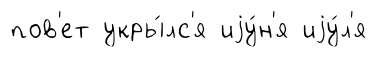
пов'ет укры́лс'я иjу́н'я иjу́л'я